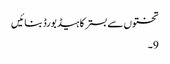
تختوں سے بستر کا ہیڈ بورڈ بنائیں
9۔